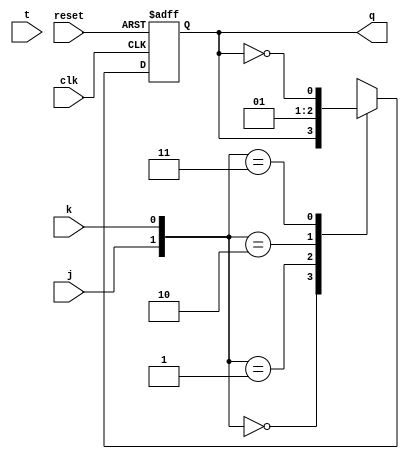
module tff_jk (
    input wire clk,
    input wire reset,
    input wire j,
    input wire k,
    input wire t,
    output reg q
);

always @(posedge clk or posedge reset) begin
    if (reset) begin
        q <= 1'b0;
    end else begin
        case ({j, k})
            2'b00: q <= q;
            2'b01: q <= 1'b0;
            2'b10: q <= 1'b1;
            2'b11: q <= ~q;
        endcase
    end

end

endmodule